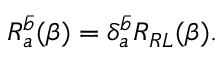
R _ { a } ^ { \bar { b } } ( \beta ) = \delta _ { a } ^ { \bar { b } } R _ { R L } ( \beta ) .